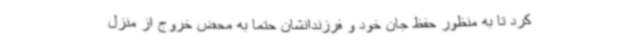
کرد تا به منظور حفظ جان خود و فرزندانشان حتما به محض خروج از منزل